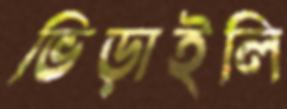
ভিড়াইলি